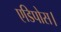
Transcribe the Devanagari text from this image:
एडिपोस।